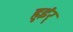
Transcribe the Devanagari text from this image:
हुइंर्